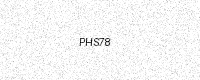
Text: PHS78